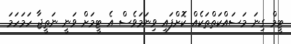
ޓީމް ގިނަ މަސައްކަތްތަކެއް ކޮށްފައި ވިނަމަވެސް އެ ޓީމަށް ވަނީ ނަތީޖާ ހަމަހަމަ